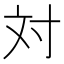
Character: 対